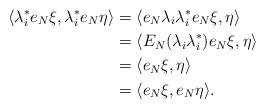
LaTeX: \begin{align*}\langle \lambda_i^*e_N\xi, \lambda_i^*e_N\eta \rangle &= \langle e_N\lambda_i\lambda_i^*e_N\xi, \eta \rangle \\ &= \langle E_N(\lambda_i\lambda_i^*)e_N \xi, \eta \rangle \\ &= \langle e_N\xi, \eta \rangle \\&= \langle e_N\xi, e_N\eta \rangle.\end{align*}